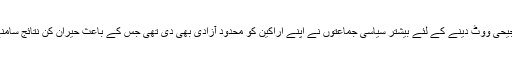
تاہم ترجیحی ووٹ دینے کے لئے بیشتر سیاسی جماعتوں نے اپنے اراکین کو محدود آزادی بھی دی تھی جس کے باعث حیران کن نتائج سامنے آئے۔